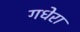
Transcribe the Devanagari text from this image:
गधेरा